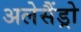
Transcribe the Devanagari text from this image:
अलेसैंड्रो